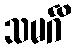
သမင်္ဂိ